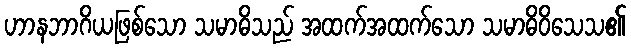
ဟာနဘာဂိယဖြစ်သော သမာဓိသည် အထက်အထက်သော သမာဓိဝိသေသ၏